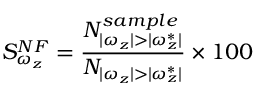
\displaystyle S _ { \omega _ { z } } ^ { N F } = \frac { N _ { | \omega _ { z } | > | \omega _ { z } ^ { * } | } ^ { s a m p l e } } { N _ { | \omega _ { z } | > | \omega _ { z } ^ { * } | } } \times 1 0 0